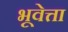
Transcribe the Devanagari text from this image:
भूवेत्ता